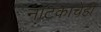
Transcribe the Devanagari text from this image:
नाटकाचेही